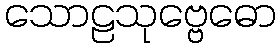
သောဠသုဗ္ဗေဓော